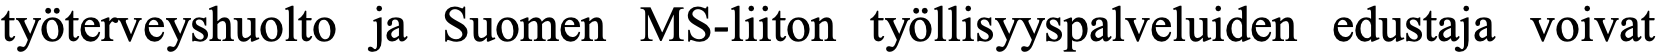
työterveyshuolto ja Suomen MS-liiton työllisyyspalveluiden edustaja voivat